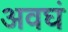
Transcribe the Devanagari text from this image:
अवघं